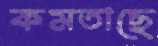
কমতাছে